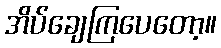
အိပ်ချေကြပေတော့။